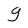
Character: g